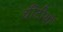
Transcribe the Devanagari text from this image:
चींटीयों